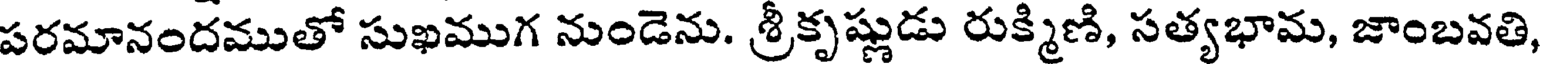
పరమానందముతో సుఖముగ నుండెను. శ్రీకృష్ణుడు రుక్మిణి, సత్యభామ, జాంబవతి,